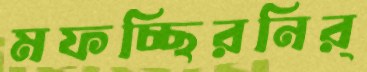
মফচ্ছিরনির্